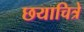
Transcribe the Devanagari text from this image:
छयाचित्रे